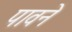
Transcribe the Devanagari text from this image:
पावने